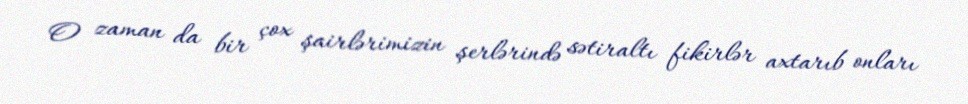
O zaman da bir çox şairlərimizin şerlərində sətiraltı fikirlər axtarıb onları